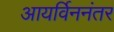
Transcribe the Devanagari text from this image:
आयर्विननंतर